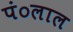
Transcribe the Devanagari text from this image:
पं०लाल